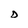
Character: D